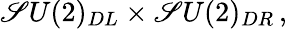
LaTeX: \mathscr{S}U(2)_{DL}\times\mathscr{S}U(2)_{DR}\, ,